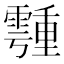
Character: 𩅞